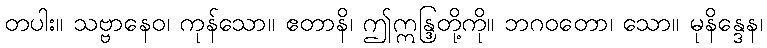
တပါး။ သဗ္ဗာနေဝ၊ ကုန်သော။ ဧတာနိ၊ ဤဣန္ဒြတို့ကို။ ဘဂဝတော၊ သော။ မုနိန္ဒေန၊